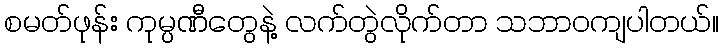
စမတ်ဖုန်း ကုမ္ပဏီတွေနဲ့ လက်တွဲလိုက်တာ သဘာဝကျပါတယ်။